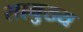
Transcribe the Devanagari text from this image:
सामुख्य